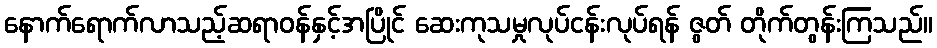
နောက်ရောက်လာသည့်ဆရာဝန်နှင့်အပြိုင် ဆေးကုသမှုလုပ်ငန်းလုပ်ရန် ဇွတ် တိုက်တွန်းကြသည်။